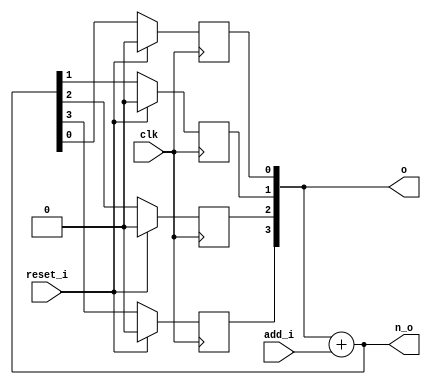
module bsg_circular_ptr_slots_p16_max_add_p15
(
  clk,
  reset_i,
  add_i,
  o,
  n_o
);

  input [3:0] add_i;
  output [3:0] o;
  output [3:0] n_o;
  input clk;
  input reset_i;
  wire [3:0] o,n_o;
  reg o_3_sv2v_reg,o_2_sv2v_reg,o_1_sv2v_reg,o_0_sv2v_reg;
  assign o[3] = o_3_sv2v_reg;
  assign o[2] = o_2_sv2v_reg;
  assign o[1] = o_1_sv2v_reg;
  assign o[0] = o_0_sv2v_reg;

  always @(posedge clk) begin
    if(reset_i) begin
      o_3_sv2v_reg <= 1'b0;
    end else if(1'b1) begin
      o_3_sv2v_reg <= n_o[3];
    end 
  end


  always @(posedge clk) begin
    if(reset_i) begin
      o_2_sv2v_reg <= 1'b0;
    end else if(1'b1) begin
      o_2_sv2v_reg <= n_o[2];
    end 
  end


  always @(posedge clk) begin
    if(reset_i) begin
      o_1_sv2v_reg <= 1'b0;
    end else if(1'b1) begin
      o_1_sv2v_reg <= n_o[1];
    end 
  end


  always @(posedge clk) begin
    if(reset_i) begin
      o_0_sv2v_reg <= 1'b0;
    end else if(1'b1) begin
      o_0_sv2v_reg <= n_o[0];
    end 
  end

  assign n_o = o + add_i;

endmodule